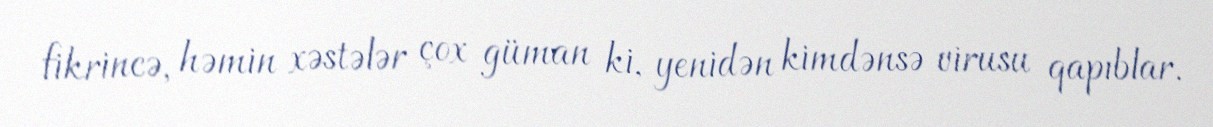
fikrincə, həmin xəstələr çox güman ki, yenidən kimdənsə virusu qapıblar.